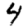
Digit: 4